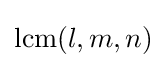
\operatorname {lcm} (l,m,n)